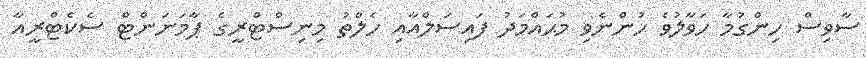
ސާވިސް ހިންގުމާ ހަވާލުވެ ހުންނެވި މުޙައްމަދު ފައިސަލްއާއި ހެލްތު މިނިސްޓްރީގެ ޕާމަނަންޓް ސެކެޓްރީއާ